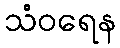
သံဝရေန